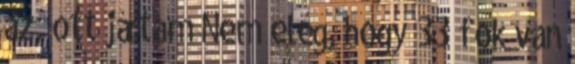
az, ott jártam Nem elég, hogy 33 fok van